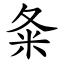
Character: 夈